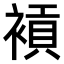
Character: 𧜙